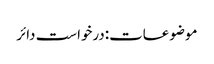
موضوعات:درخواست دائر